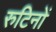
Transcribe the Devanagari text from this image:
रुटिनों